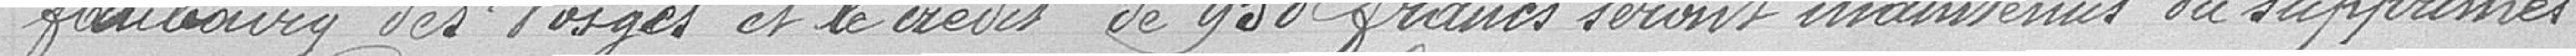
faubourg des Vosges et le crédit de 950 francs seront maintenus ou supprimés.